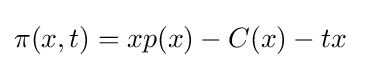
\pi (x,t)=xp(x)-C(x)-tx\quad